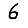
Digit: 6